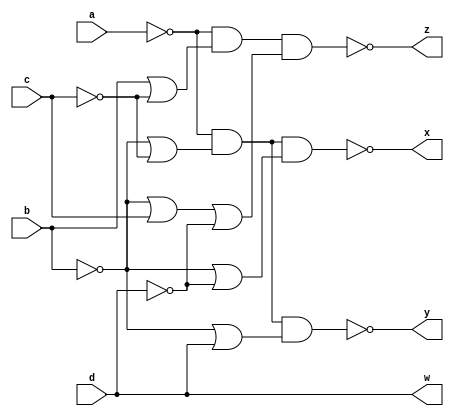
`timescale 1ns / 1ps
//////////////////////////////////////////////////////////////////////////////////
// Company: 
// Engineer: 
// 
// Design Name: 
// Module Name: bcd_code_converter
// Project Name: 
// Target Devices: 
// Tool Versions: 
// Description: 
// 
// Dependencies: 
// 
// Revision:
// Revision 0.01 - File Created
// Additional Comments:
// 
//////////////////////////////////////////////////////////////////////////////////


module bcd_code_converter(
    input a, b, c, d,
    output x, y, z, w
    );
    assign x = ~((~a)&((~b)|(~c))&((~b)|(~d)));
    assign y = ~((~a)&((~b)|(~c))&((~b)|d));
    assign z = ~((~a)&(b|(~c))&((~b)|c|(~d)));
    assign w = d;
endmodule